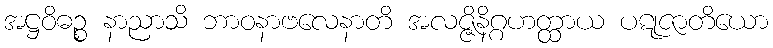
အဋ္ဌဝိဓဉ္စ နာညာသိ ဘာဝနာဗလေနာတိ အလဇ္ဇိနိဂ္ဂဟတ္ထာယ ပဋုဇာတိယော